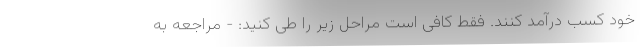
خود کسب درآمد کنند. فقط کافی است مراحل زیر را طی کنید: - مراجعه به